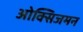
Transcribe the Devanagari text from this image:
ओक्सिजमन